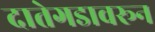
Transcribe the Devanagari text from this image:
दातेगडावरून